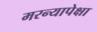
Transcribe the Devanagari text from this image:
मरन्यापेक्षा